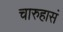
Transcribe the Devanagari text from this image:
चारुहासं